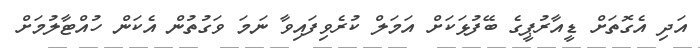
އަދި އެގޮތަށް ޑީއާރުޕީގެ ބޭފުޅަކަށް އަމަލް ކުރެވިފައިވާ ނަމަ ވަގުތުން އެކަން ހުއްޓާލުމަށް